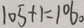
1 0 5 + 1 = 1 0 6 。